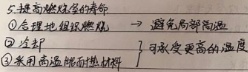
提高燃烧室的寿命：
\textcircled{1} 合理地组织燃烧 ，避免局部高温；
\textcircled{2} 选材，可承受更高的温度；
\textcircled{3} 采用高温耐蚀材料 。